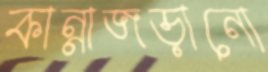
কান্নাজড়ানো